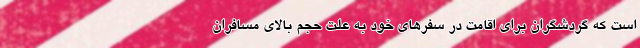
است که گردشگران برای اقامت در سفرهای خود به علت حجم بالای مسافران